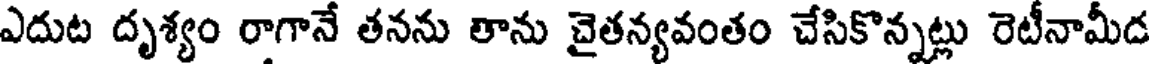
ఎదుట దృశ్యం రాగానే తనను తాను చైతన్యవంతం చేసికొన్నట్లు రెటీనామీద